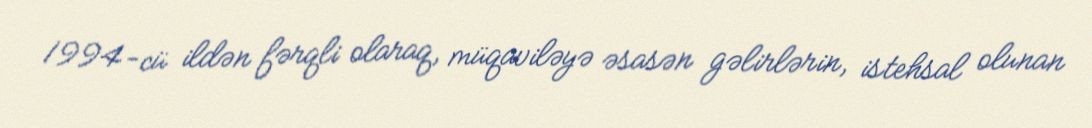
1994-cü ildən fərqli olaraq, müqaviləyə əsasən gəlirlərin, istehsal olunan